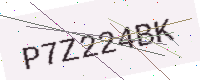
Text: P7Z224BK